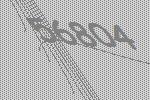
56804